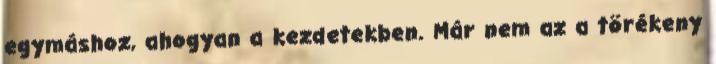
egymáshoz, ahogyan a kezdetekben. Már nem az a törékeny